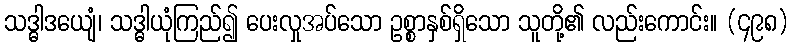
သဒ္ဓါဒယျေံ၊ သဒ္ဓါယုံကြည်၍ ပေးလှုအပ်သော ဥစ္စာနှစ်ရှိသော သူတို့၏ လည်းကောင်း။ (၄၉၈)